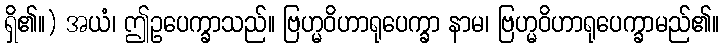
ရှိ၏။) အယံ၊ ဤဥပေက္ခာသည်။ ဗြဟ္မဝိဟာရုပေက္ခာ နာမ၊ ဗြဟ္မဝိဟာရုပေက္ခာမည်၏။